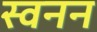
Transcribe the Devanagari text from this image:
स्वनन